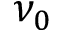
\nu _ { 0 }